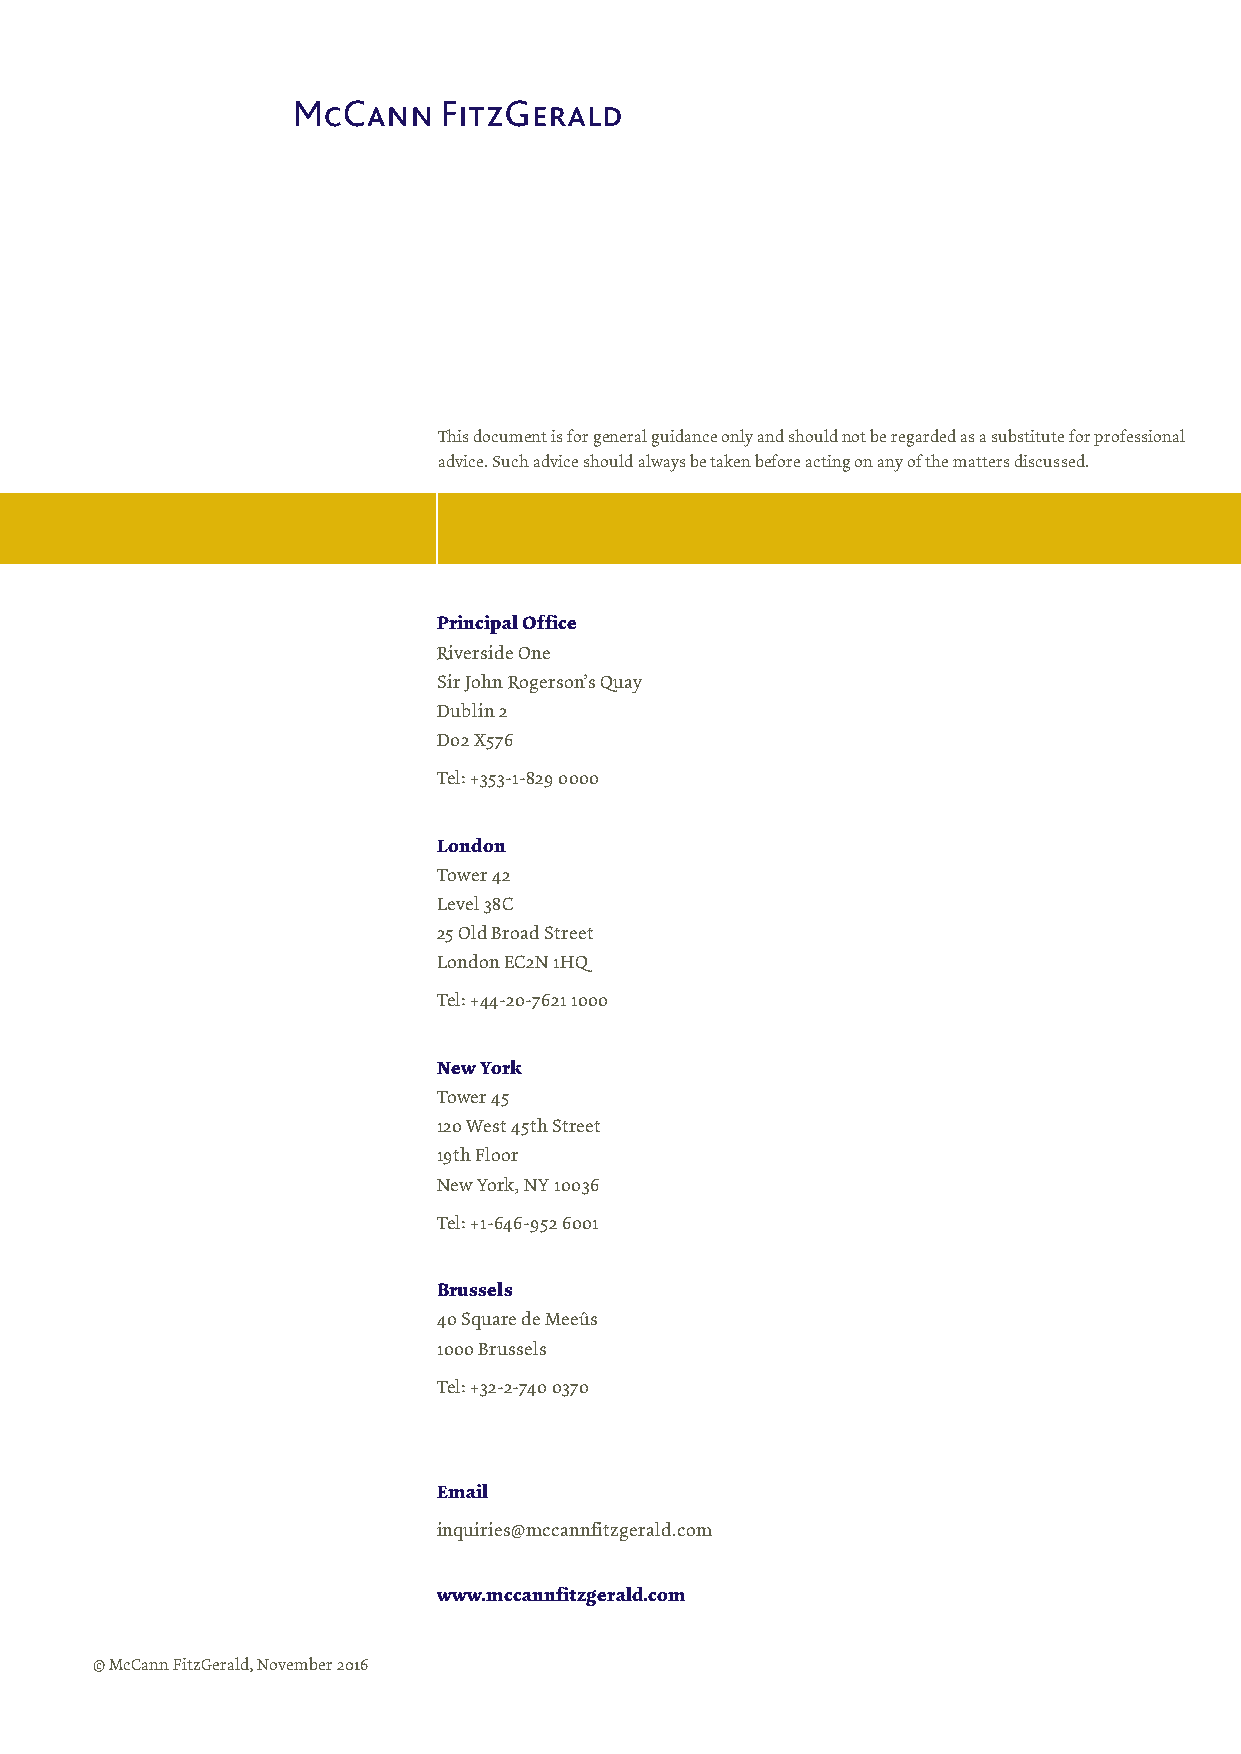
This document is for general guidance only and should not be regarded as a substitute for professional
 advice. Such advice should always be taken before acting on any of the matters discussed.
 Principal Office
 Riverside One
 Sir John Rogerson’s Quay
 Dublin 2
 D02 X576
 Tel: +353-1-829 0000
 London
 Tower 42
 Level 38C
 25 Old Broad Street
 London EC2N 1HQ
 Tel: +44-20-7621 1000
 New York
 Tower 45
 120 West 45th Street
 19th Floor
 New York, NY 10036
 Tel: +1-646-952 6001
 Brussels
 40 Square de Meeûs
 1000 Brussels
 Tel: +32-2-740 0370
 Email
 inquiries@mccannfitzgerald.com
 www.mccannfitzgerald.com
 © McCann FitzGerald, November 2016